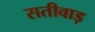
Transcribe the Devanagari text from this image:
सतीवाड़